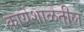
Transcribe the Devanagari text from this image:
कार्यशाळेतील